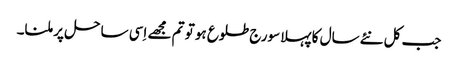
جب کل نئےسال کا پہلا سورج طلوع ہو تو تم مجھے اِسی ساحل پر ملنا۔